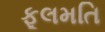
ફૂલમતિ